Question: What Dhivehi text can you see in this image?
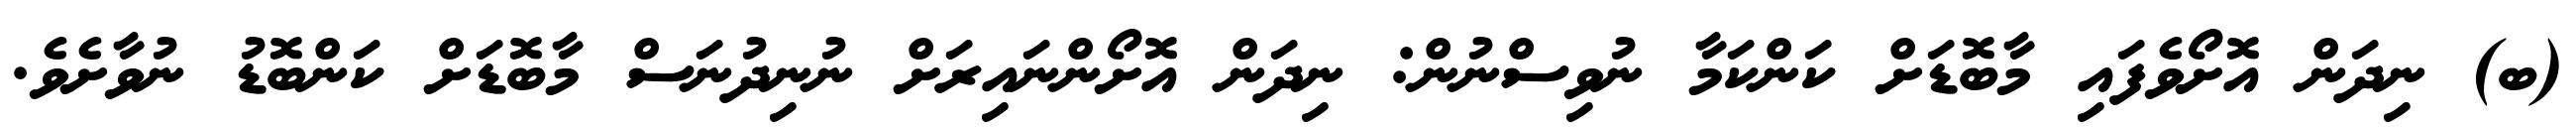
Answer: (ބ) ނިދަން އޮށޯވެފައި މާބޮޑަށް ކަންކަމާ ނުވިސްނުން: ނިދަން އޮށޯންނައިރަށް ނުނިދުނަސް މާބޮޑަށް ކަންބޮޑު ނުވާށެވެ.